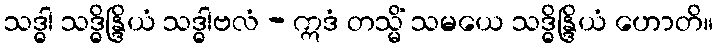
သဒ္ဓါ သဒ္ဓိန္ဒြိယံ သဒ္ဓါဗလံ - ဣဒံ တသ္မိံ သမယေ သဒ္ဓိန္ဒြိယံ ဟောတိ။